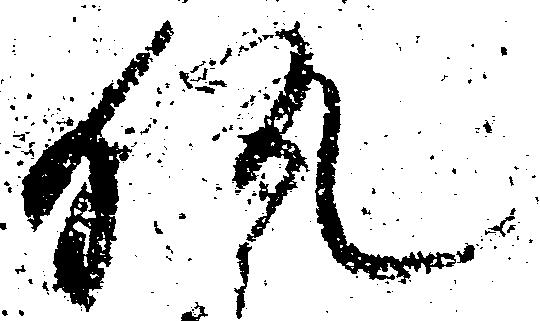
執